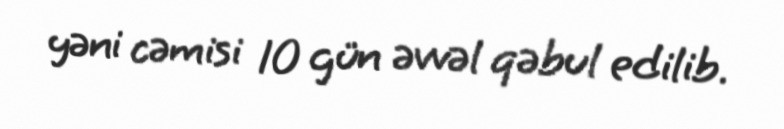
yəni cəmisi 10 gün əvvəl qəbul edilib.